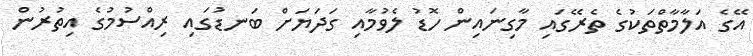
އޭގެ އަލާމާތްތަކުގެ ތެރޭގައި މާގިނައިން ހޮޑު ލެވުމާއި ގަދަޔަށް ބަނޑުގައި ރިއްސުމުގެ އިތުރުން